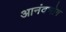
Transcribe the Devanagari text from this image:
आनंदभोग